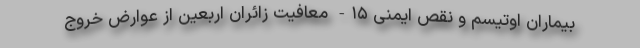
بیماران اوتیسم و نقص ایمنی ۱۵- معافیت زائران اربعین از عوارض خروج